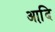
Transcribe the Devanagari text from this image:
आदि़